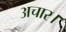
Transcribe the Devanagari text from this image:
अचार।